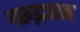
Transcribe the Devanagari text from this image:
गरूड़ज्ञान